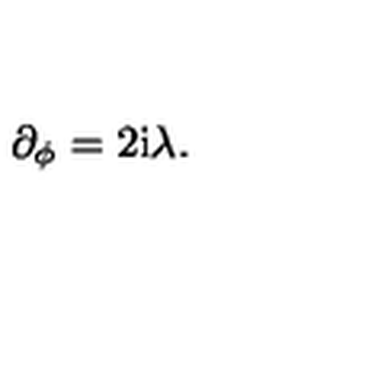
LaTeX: \partial _ { \phi } = 2 \mathrm { i } \lambda .